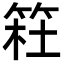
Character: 𥮊